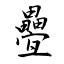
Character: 疉